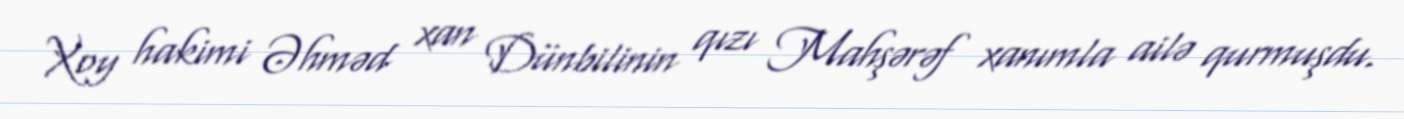
Xoy hakimi Əhməd xan Dünbilinin qızı Mahşərəf xanımla ailə qurmuşdu.